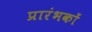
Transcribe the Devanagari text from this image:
प्रारंभकों